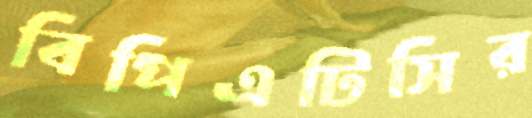
বিপিএটিসির